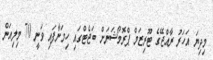
މިދިޔަ އަހަރު ރާއްޖޭގެ ޓޫރިޒަމް ޕްރޮމޯޝަނަށް ބަޖެޓްގައި ހިމަނާފައި ވަނީ 70 މިލިއަން